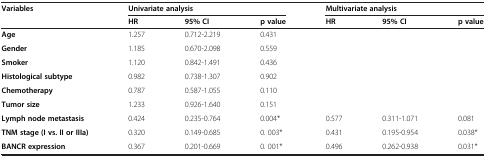
<table><thead><tr><td><b>Variables</b></td><td colspan="3"><b>Univariate analysis</b></td><td colspan="3"><b>Multivariate analysis</b></td></tr><tr><td><b> </b></td><td><b>HR</b></td><td><b>95% CI</b></td><td><b>p value</b></td><td><b>HR</b></td><td><b>95% CI</b></td><td><b>p value</b></td></tr></thead><tbody><tr><td><b>Age</b></td><td>1.257</td><td>0.712-2.219</td><td>0.431</td><td> </td><td> </td><td> </td></tr><tr><td><b>Gender</b></td><td>1.185</td><td>0.670-2.098</td><td>0.559</td><td> </td><td> </td><td> </td></tr><tr><td><b>Smoker</b></td><td>1.120</td><td>0.842-1.491</td><td>0.436</td><td> </td><td> </td><td> </td></tr><tr><td><b>Histological subtype</b></td><td>0.982</td><td>0.738-1.307</td><td>0.902</td><td> </td><td> </td><td> </td></tr><tr><td><b>Chemotherapy</b></td><td>0.787</td><td>0.587-1.055</td><td>0.110</td><td> </td><td> </td><td> </td></tr><tr><td><b>Tumor size</b></td><td>1.233</td><td>0.926-1.640</td><td>0.151</td><td> </td><td> </td><td> </td></tr><tr><td><b>Lymph node metastasis</b></td><td>0.424</td><td>0.235-0.764</td><td>0.004*</td><td>0.577</td><td>0.311-1.071</td><td>0.081</td></tr><tr><td><b>TNM stage (I vs. II or IIIa)</b></td><td>0.320</td><td>0.149-0.685</td><td>0. 003*</td><td>0.431</td><td>0.195-0.954</td><td>0.038*</td></tr><tr><td><b>BANCR expression</b></td><td>0.367</td><td>0.201-0.669</td><td>0. 001*</td><td>0.496</td><td>0.262-0.938</td><td>0.031*</td></tr></tbody></table>